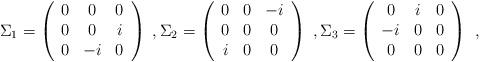
LaTeX: \begin{align*} \Sigma_1=\left(\begin{array}{cccc}0 & 0 & 0 \\0 & 0 & i \\0 & -i & 0 \end{array}\right)\; , \Sigma_2=\left(\begin{array}{cccc}0 & 0 & -i \\0 & 0 & 0 \\i & 0 & 0 \end{array}\right)\; , \Sigma_3=\left(\begin{array}{cccc}0 & i & 0 \\-i & 0 & 0 \\0 & 0 & 0 \end{array}\right)\; \, ,\end{align*}